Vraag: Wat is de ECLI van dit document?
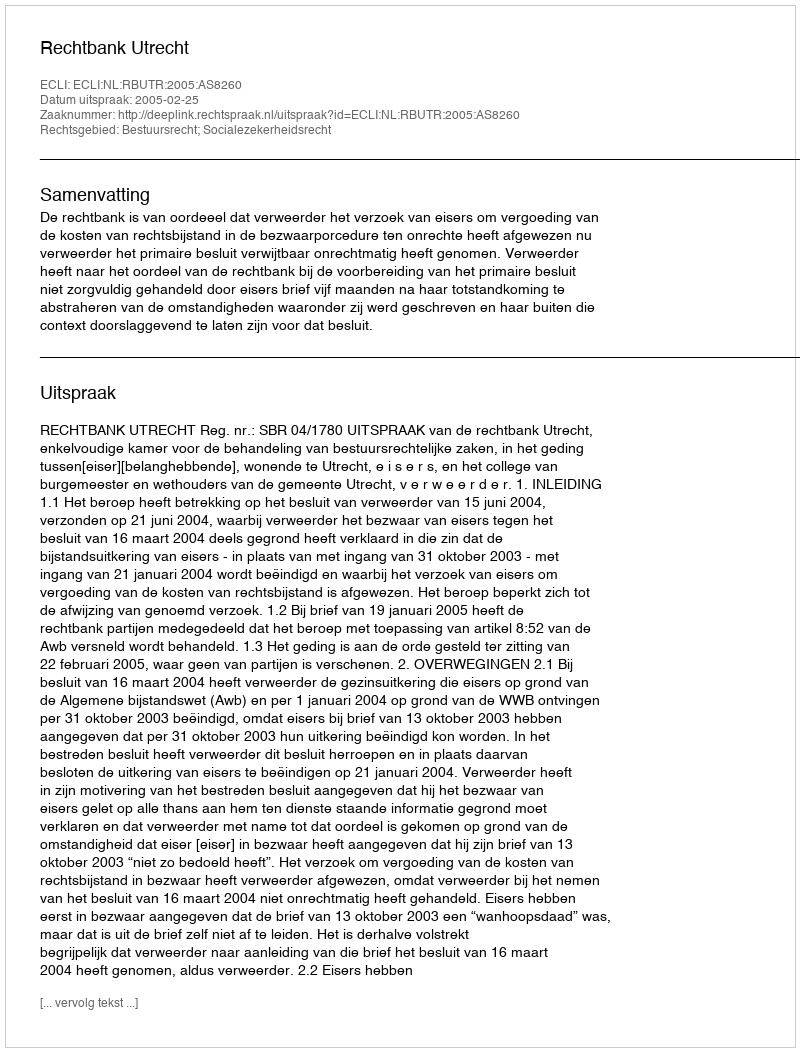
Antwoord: ECLI:NL:RBUTR:2005:AS8260